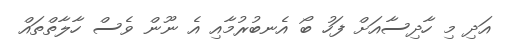
އަދި މި ހާދިސާއަށް ފަހު ބޯ އެނބުރުމާއި އެ ނޫން ވެސް ހާލާތްތައް